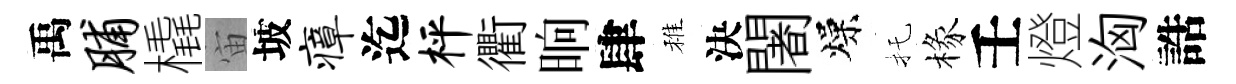
禹脯橇宙坡瘴迄枰衢晌肆稚決闍燥托椽壬燈洶誥